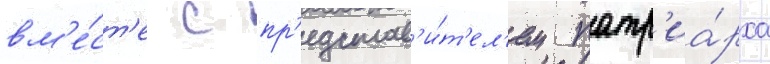
вм'е́ст'е с пр'едстав'и́т'ел'ем патр'иа́рха